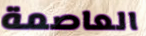
العاصمة